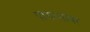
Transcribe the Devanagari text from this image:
पायथ्यावर